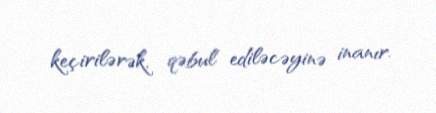
keçirilərək, qəbul ediləcəyinə inanır.